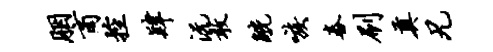
胭商控肄沅敢觥嗾舂刷奠兄